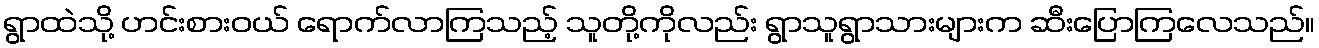
ရွာထဲသို့ ဟင်းစားဝယ် ရောက်လာကြသည့် သူတို့ကိုလည်း ရွာသူရွာသားများက ဆီးပြောကြလေသည်။